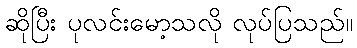
ဆိုပြီး ပုလင်းမော့သလို လုပ်ပြသည်။